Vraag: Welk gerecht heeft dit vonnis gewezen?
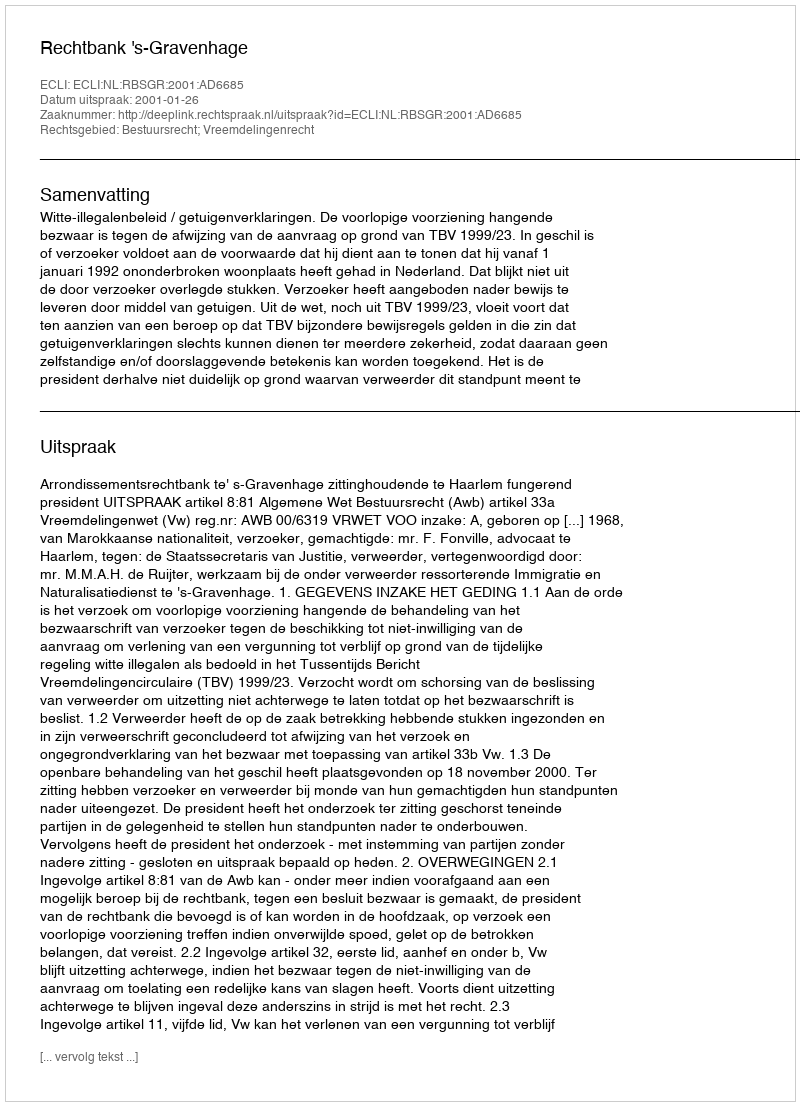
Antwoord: Rechtbank 's-Gravenhage